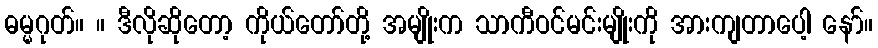
ဓမ္မဂုတ်။ ။ ဒီလိုဆိုတော့ ကိုယ်တော်တို့ အမျိုးက သာကီဝင်မင်းမျိုးကို အားကျတာပေါ့ နော်။